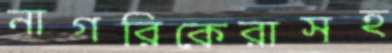
নাগরিকেরাসহ